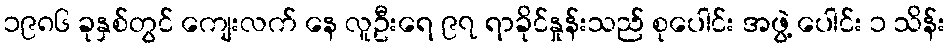
၁၉၈၆ ခုနှစ်တွင် ကျေးလက် နေ လူဦးရေ ၉၇ ရာခိုင်နှုန်းသည် စုပေါင်း အဖွဲ့ ပေါင်း ၁ သိန်း